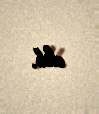
edib.